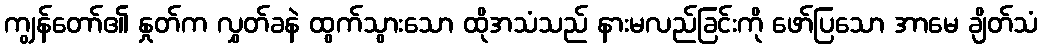
ကျွန်တော်၏ နှုတ်က လွှတ်ခနဲ ထွက်သွားသော ထိုအသံသည် နားမလည်ခြင်းကို ဖော်ပြသော အာမေ ချိတ်သံ